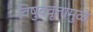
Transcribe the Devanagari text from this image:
विषुववृत्तामुळे